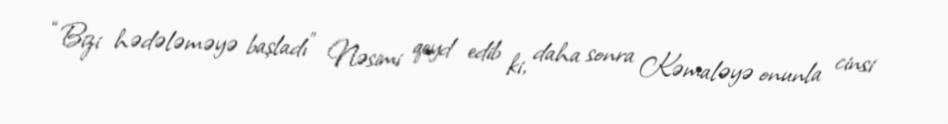
“Bizi hədələməyə başladı” Nəsimi qeyd edib ki, daha sonra Kəmaləyə onunla cinsi